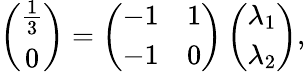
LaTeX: \left(\begin{array}{c}{\frac{1}{3}}\\ {0}\end{array}\right)=\left(\begin{array}{cc}{-1}&{1}\\ {-1}&{0}\end{array}\right)\left(\begin{array}{c}{\lambda_{1}}\\ {\lambda_{2}}\end{array}\right),